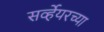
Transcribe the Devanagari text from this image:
सर्व्हेयरच्या